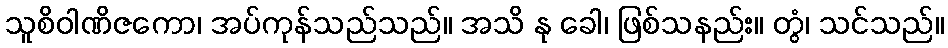
သူစိဝါဏိဇကော၊ အပ်ကုန်သည်သည်။ အသိ နု ခေါ၊ ဖြစ်သနည်း။ တွံ၊ သင်သည်။